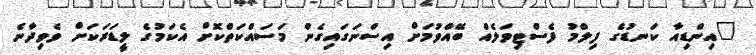
"އިންޑިއާ ކަނޑުގެ ފިލްމު ފެސްޓިވަލެއް ބޭއްވުމަށް އިސްނަގައިގެން މަސައްކަތްކޮށް އެކަމުގެ ލީޑަރަކަށް ވެވިދާނެ